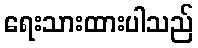
ရေးသားထားပါသည်